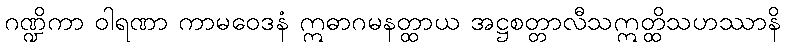
ဂဏ္ဍိကာ ဝါရဏာ ကာမဝေဒနံ ဣဓာဂမနတ္ထာယ အဋ္ဌစတ္တာလီသဣတ္ထိသဟဿာနိ